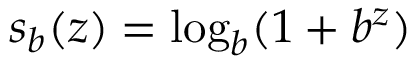
s _ { b } ( z ) = \log _ { b } ( 1 + b ^ { z } )